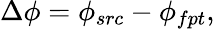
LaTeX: \Delta\phi=\phi_{src}-\phi_{fpt},